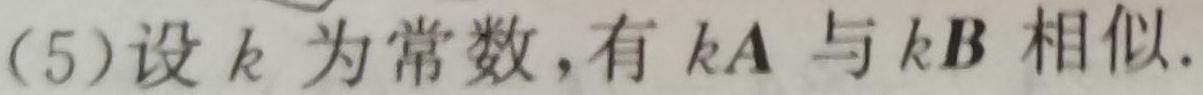
(5)设 $k$ 为常数，有 $k\boldsymbol{A}$ 与 $k\boldsymbol{B}$ 相似.